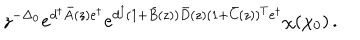
z ^ { - \Delta _ { 0 } } e ^ { d ^ { \dagger } \bar { A } ( z ) e ^ { \dagger } } e ^ { d ^ { \dagger } ( 1 + \bar { B } ( z ) ) \bar { D } ( z ) ( 1 + \bar { C } ( z ) ) ^ { T } e ^ { \dagger } } \chi ( \chi _ { 0 } ) \, .